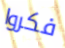
فكروا